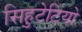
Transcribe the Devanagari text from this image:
सिहुटेटियो